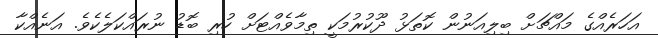
އަހަރެއްގެ މައްޗަށް ބިލިއަނުން ކޮތަޅު ދޫކުރުމަކީ ތިމާވެއްޓަށް ހުރި ބޮޑު ނުރައްކަލެކެވެ. އަނެއްކާ